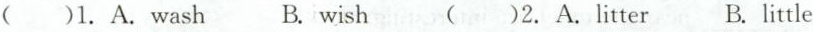
()1. A. wash B. wish ( )2. A.litter B. little